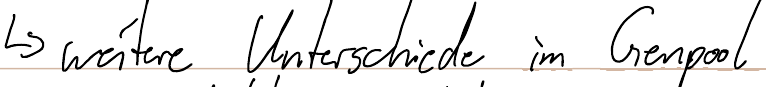
-> weitere Unterschiede im Genpool